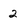
Character: 2